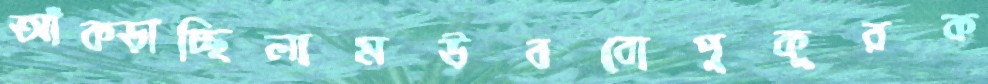
আঁক্‌ড়াচ্ছিলামউববোপুকুরক